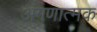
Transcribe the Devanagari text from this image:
अगणात्मक